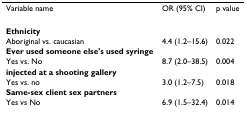
<table><thead><tr><td><b>Variable name</b></td><td><b>OR (95% CI)</b></td><td><b>p value</b></td></tr></thead><tbody><tr><td><b>Ethnicity</b></td><td></td><td></td></tr><tr><td>Aboriginal vs. caucasian</td><td>4.4 (1.2–15.6)</td><td>0.022</td></tr><tr><td><b>Ever used someone else&#x27;s used syringe</b></td><td></td><td></td></tr><tr><td>Yes vs. No</td><td>8.7 (2.0–38.5)</td><td>0.004</td></tr><tr><td><b>injected at a shooting gallery</b></td><td></td><td></td></tr><tr><td>Yes vs. no</td><td>3.0 (1.2–7.5)</td><td>0.018</td></tr><tr><td><b>Same-sex client sex partners</b></td><td></td><td></td></tr><tr><td>Yes vs No</td><td>6.9 (1.5–32.4)</td><td>0.014</td></tr></tbody></table>